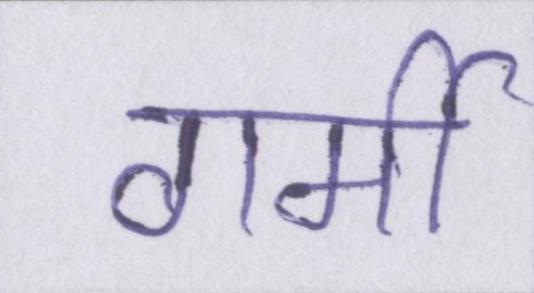
गर्मी